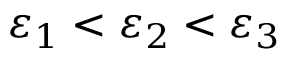
\varepsilon _ { 1 } < \varepsilon _ { 2 } < \varepsilon _ { 3 }